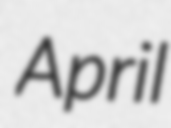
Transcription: April